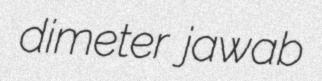
dimeter jawab